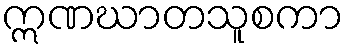
ဣဏဃာတသူစကာ